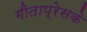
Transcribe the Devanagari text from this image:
गीताप्रेसके